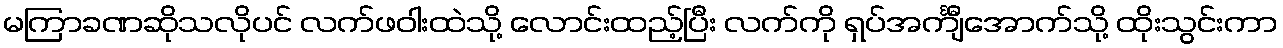
မကြာခဏဆိုသလိုပင် လက်ဖဝါးထဲသို့ လောင်းထည့်ပြီး လက်ကို ရှပ်အင်္ကျီအောက်သို့ ထိုးသွင်းကာ